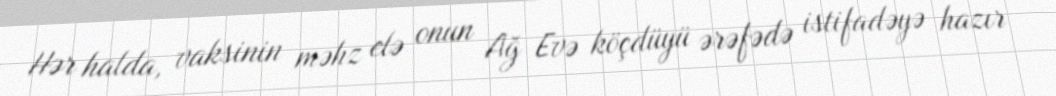
Hər halda, vaksinin məhz elə onun Ağ Evə köçdüyü ərəfədə istifadəyə hazır